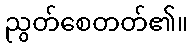
ညွတ်စေတတ်၏။